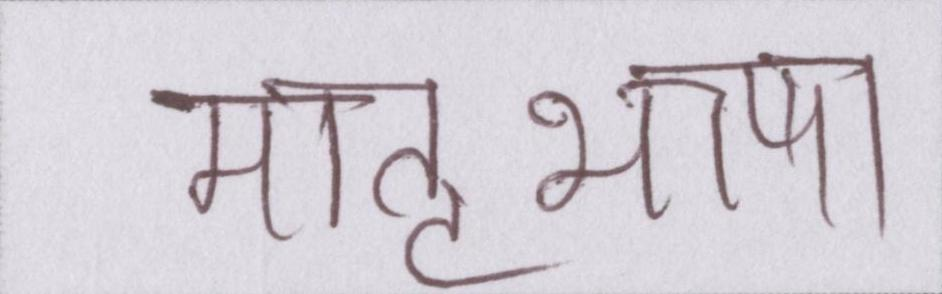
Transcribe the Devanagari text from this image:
मातृभाषा